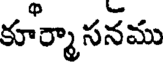
కూర్మాసనము